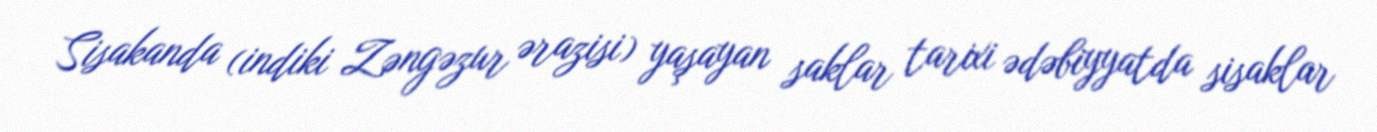
Sisakanda (indiki Zəngəzur ərazisi) yaşayan saklar tarixi ədəbiyyatda sisaklar